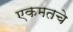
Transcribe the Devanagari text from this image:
एकमतचे